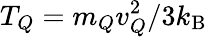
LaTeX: T_{Q}=m_{Q}v_{Q}^{2}/3k_{\mathrm{B}}